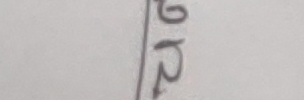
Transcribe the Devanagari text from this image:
२१